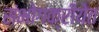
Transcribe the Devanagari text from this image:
संभोगक्रीयेत